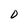
Character: D